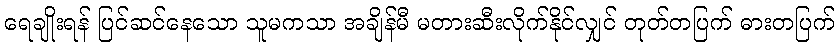
ရေချိုးရန် ပြင်ဆင်နေသော သူမကသာ အချိန်မီ မတားဆီးလိုက်နိုင်လျှင် တုတ်တပြက် ဓားတပြက်